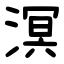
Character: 溟